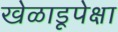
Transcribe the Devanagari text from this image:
खेळाडूपेक्षा